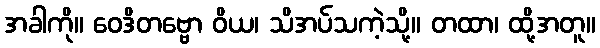
အခါကို။ ဝေဒိတဗ္ဗော ဝိယ၊ သိအပ်သကဲ့သို့။ တထာ၊ ထို့အတူ။